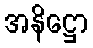
အနိဋ္ဌော